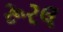
રૂરલ